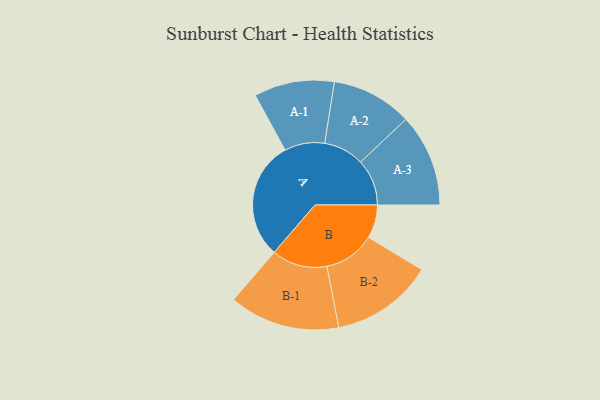
{"axis": {"x": "Segment", "y": "Value"}, "legend": ["", "A", "B"], "data": [{"x": "A", "y": 419, "type": ""}, {"x": "B", "y": 118, "type": ""}, {"x": "A-1", "y": 142, "type": "A"}, {"x": "A-2", "y": 143, "type": "A"}, {"x": "A-3", "y": 164, "type": "A"}, {"x": "B-1", "y": 196, "type": "B"}, {"x": "B-2", "y": 181, "type": "B"}]}